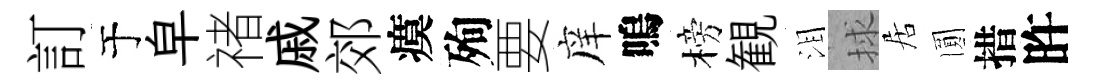
訂于皁禇戚郊瘼殉要庠嗚榜観泪捄居圎措旿